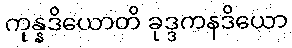
ကုန္နဒိယောတိ ခုဒ္ဒကနဒိယော